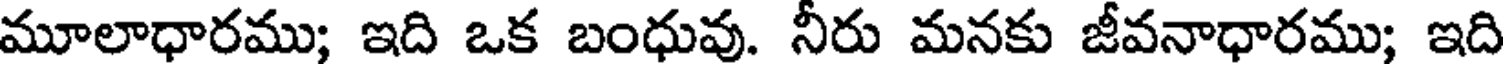
మూలాధారము; ఇది ఒక బంధువు. నీరు మనకు జీవనాధారము; ఇది